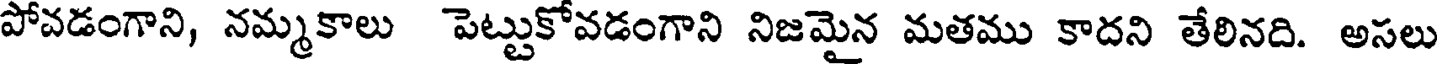
పోవడంగాని, నమ్మకాలు పెట్టుకోవడంగాని నిజమైన మతము కాదని తేలినది. అసలు